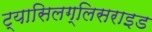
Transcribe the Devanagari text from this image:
ट्यासिलग्लिसराइड